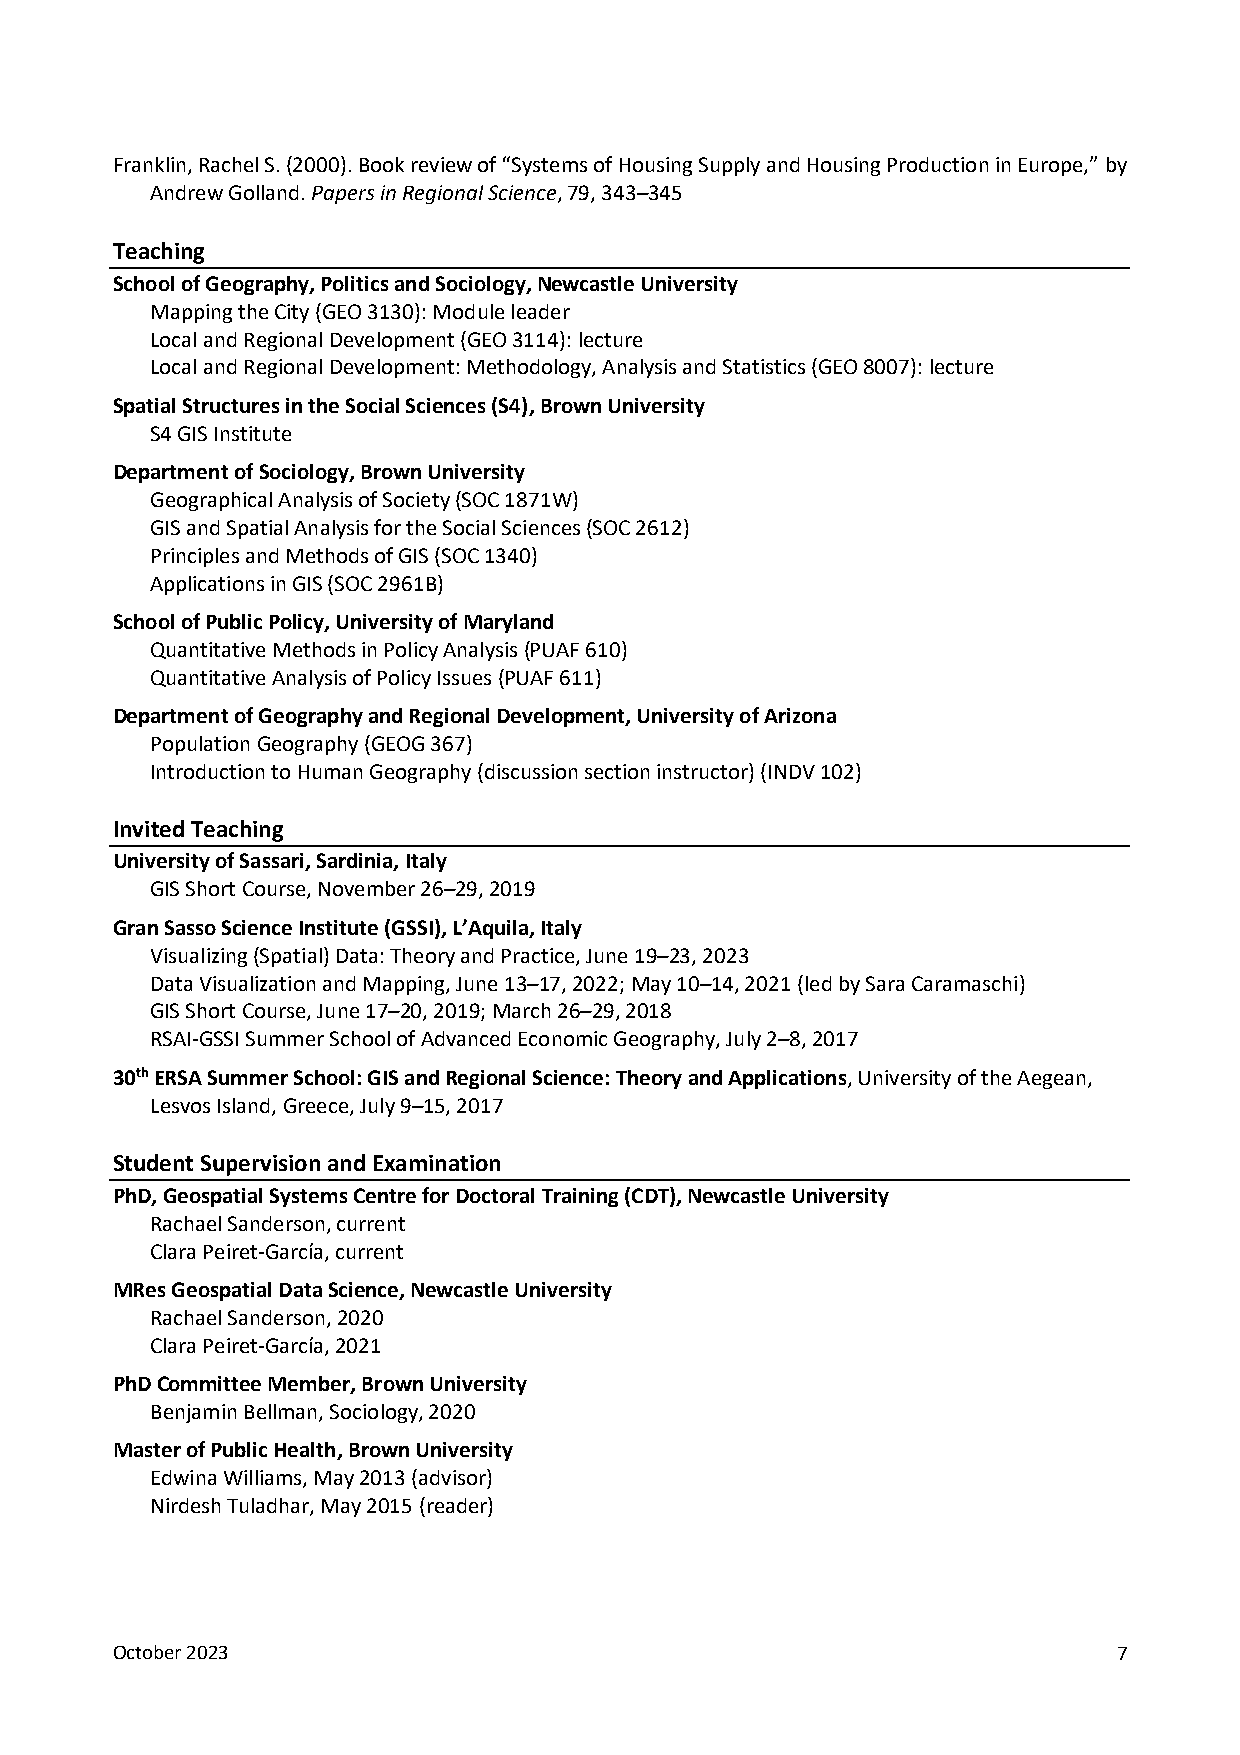
Franklin, Rachel S. (2000). Book review of “Systems of Housing Supply and Housing Production in Europe,” by
 Andrew Golland. Papers in Regional Science, 79, 343–345
 Teaching
 School of Geography, Politics and Sociology, Newcastle University
 Mapping the City (GEO 3130): Module leader
 Local and Regional Development (GEO 3114): lecture
 Local and Regional Development: Methodology, Analysis and Statistics (GEO 8007): lecture
 Spatial Structures in the Social Sciences (S4), Brown University
 S4 GIS Institute
 Department of Sociology, Brown University
 Geographical Analysis of Society (SOC 1871W)
 GIS and Spatial Analysis for the Social Sciences (SOC 2612)
 Principles and Methods of GIS (SOC 1340)
 Applications in GIS (SOC 2961B)
 School of Public Policy, University of Maryland
 Quantitative Methods in Policy Analysis (PUAF 610)
 Quantitative Analysis of Policy Issues (PUAF 611)
 Department of Geography and Regional Development, University of Arizona
 Population Geography (GEOG 367)
 Introduction to Human Geography (discussion section instructor) (INDV 102)
 Invited Teaching
 University of Sassari, Sardinia, Italy
 GIS Short Course, November 26–29, 2019
 Gran Sasso Science Institute (GSSI), L’Aquila, Italy
 Visualizing (Spatial) Data: Theory and Practice, June 19–23, 2023
 Data Visualization and Mapping, June 13–17, 2022; May 10–14, 2021 (led by Sara Caramaschi)
 GIS Short Course, June 17–20, 2019; March 26–29, 2018
 RSAI-GSSI Summer School of Advanced Economic Geography, July 2–8, 2017
 30th ERSA Summer School: GIS and Regional Science: Theory and Applications, University of the Aegean,
 Lesvos Island, Greece, July 9–15, 2017
 Student Supervision and Examination
 PhD, Geospatial Systems Centre for Doctoral Training (CDT), Newcastle University
 Rachael Sanderson, current
 Clara Peiret-García, current
 MRes Geospatial Data Science, Newcastle University
 Rachael Sanderson, 2020
 Clara Peiret-García, 2021
 PhD Committee Member, Brown University
 Benjamin Bellman, Sociology, 2020
 Master of Public Health, Brown University
 Edwina Williams, May 2013 (advisor)
 Nirdesh Tuladhar, May 2015 (reader)
 October 2023                                                       7